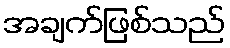
အချက်ဖြစ်သည်